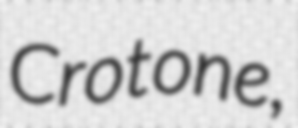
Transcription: Crotone,